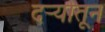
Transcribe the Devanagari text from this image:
दर्र्‍यातून